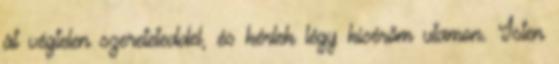
át végtelen szereteteddel, és kérlek légy kísérőm utamon. Isten